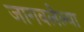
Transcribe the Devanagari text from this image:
जागवलेल्या